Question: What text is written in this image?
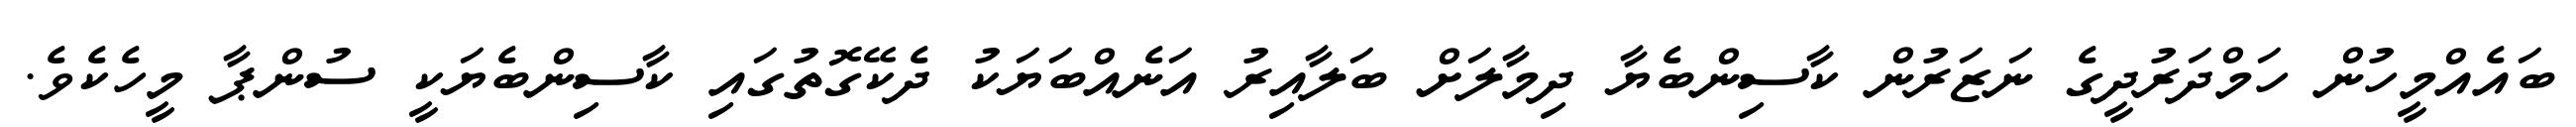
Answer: ބައެއްމީހުން ހަމްދަރުދީގެ ނަޒަރުން ކާސިންބެޔާ ދިމާލަށް ބަލާއިރު އަނެއްބަޔަކު ދެކޭގޮތުގައި ކާސިންބެޔަކީ ސުންޕާ މީހެކެވެ.